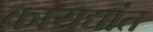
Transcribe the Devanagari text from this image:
कायद्यांत